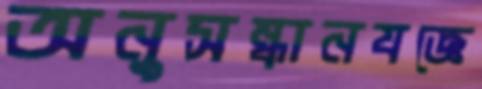
অনুসন্ধানযজ্ঞে